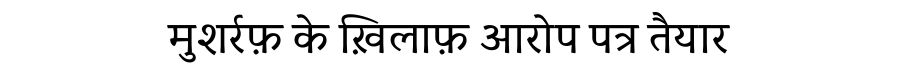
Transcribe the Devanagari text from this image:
मुशर्रफ़ के ख़िलाफ़ आरोप पत्र तैयार